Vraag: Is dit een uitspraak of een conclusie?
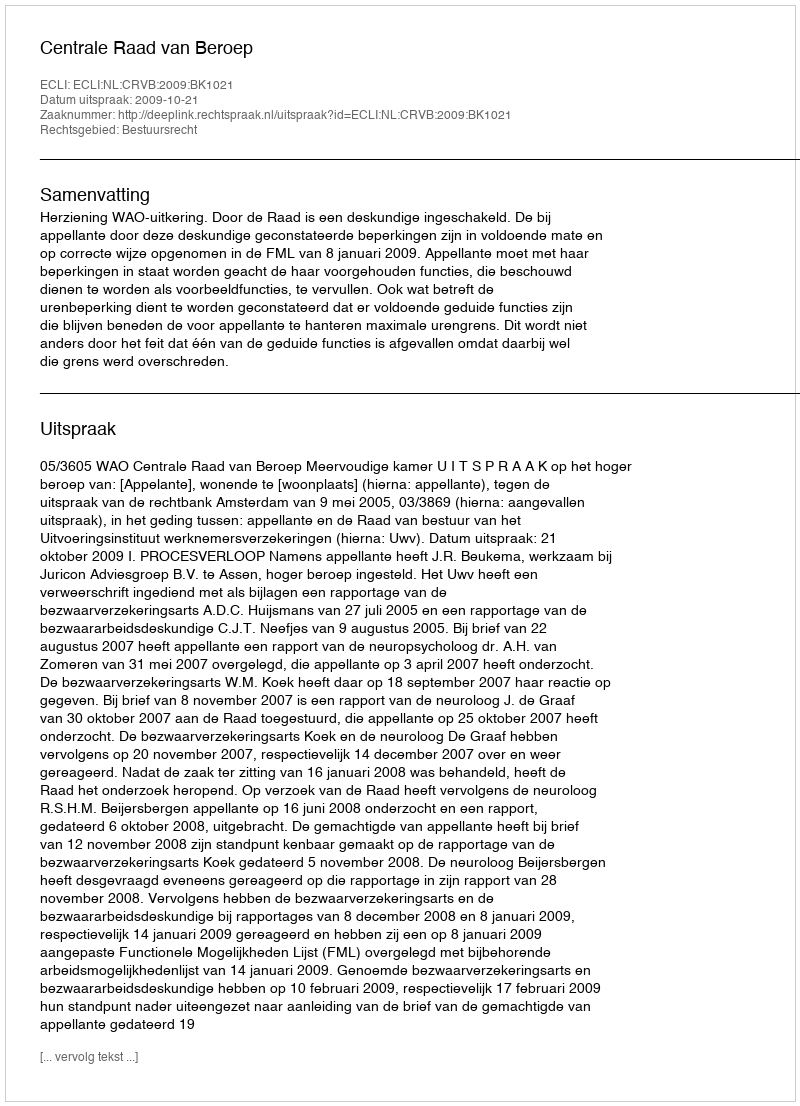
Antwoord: Uitspraak